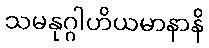
သမနုဂ္ဂါဟိယမာနာနိ